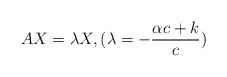
LaTeX: \begin{align*}AX=\lambda X, (\lambda=-\dfrac{\alpha c+k}{c})\end{align*}